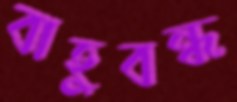
বাহুবন্ধ